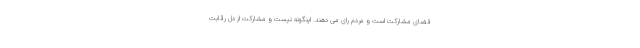
فضای مشارکت است و مردم رای می دهند. اینگونه نیست و مشارکت از دل رقابت